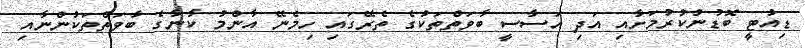
ޑިއުޓީ ބޮޑުނުކުރުމަށާއި އަދި އަސާސީ ބާވަތްތަކުގެ ތެރޭގައި ހިމެނޭ އާންމު ކާނާގެ ބާވަތްތަކުންނާއި